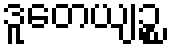
ဒူတေယျဉ္စ